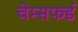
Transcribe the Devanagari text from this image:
चेम्सफर्ड